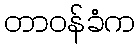
တာဝန်ခံက